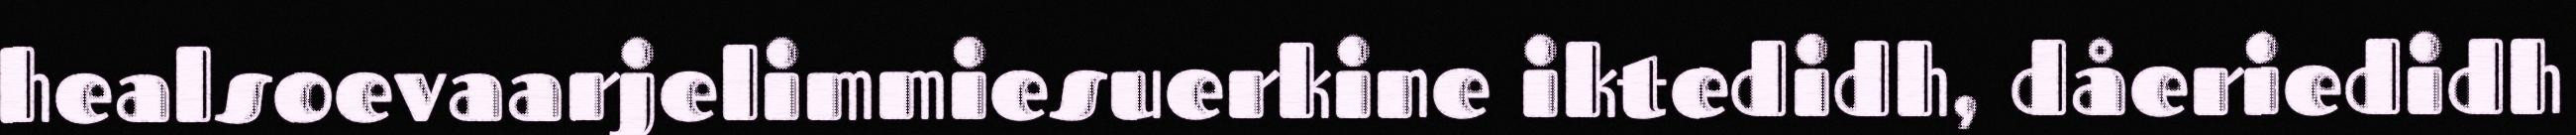
healsoevaarjelimmiesuerkine iktedidh, dåeriedidh